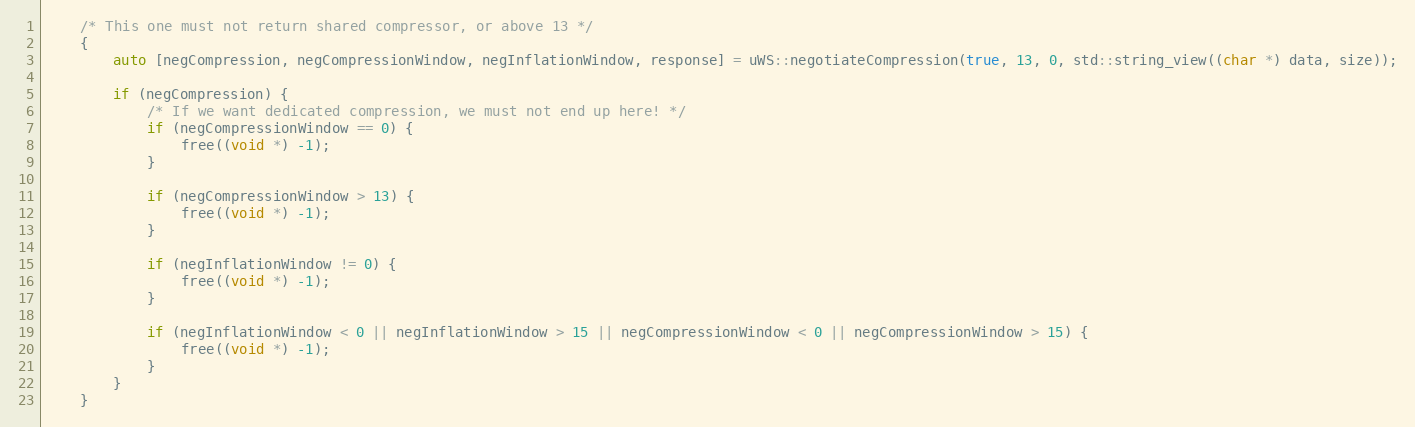
Language: C++
    /* This one must not return shared compressor, or above 13 */
    {
        auto [negCompression, negCompressionWindow, negInflationWindow, response] = uWS::negotiateCompression(true, 13, 0, std::string_view((char *) data, size));

        if (negCompression) {
            /* If we want dedicated compression, we must not end up here! */
            if (negCompressionWindow == 0) {
                free((void *) -1);
            }

            if (negCompressionWindow > 13) {
                free((void *) -1);
            }

            if (negInflationWindow != 0) {
                free((void *) -1);
            }

            if (negInflationWindow < 0 || negInflationWindow > 15 || negCompressionWindow < 0 || negCompressionWindow > 15) {
                free((void *) -1);
            }
        }
    }